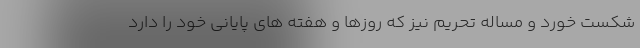
شکست خورد و مساله تحریم نیز که روزها و هفته های پایانی خود را دارد